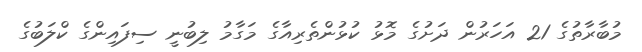
މުބާރާތުގެ 21 އަހަރުން ދަށުގެ މޮޅު ކުޅުންތެރިއާގެ މަގާމު ލިބުނީ ސިފައިންގެ ކްލަބުގެ